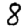
Digit: 8